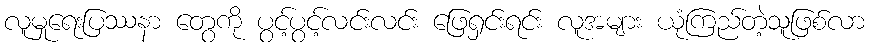
လူမှုရေးပြဿနာ တွေကို ပွင့်ပွင့်လင်းလင်း ဖြေရှင်းရင်း လူအများ ယုံကြည်တဲ့သူဖြစ်လာ